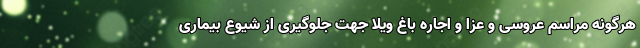
هرگونه مراسم عروسی و عزا و اجاره باغ ویلا جهت جلوگیری از شیوع بیماری